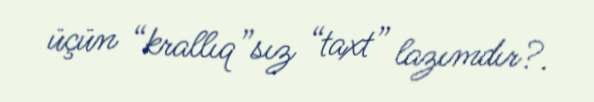
üçün “krallıq”sız “taxt” lazımdır?.